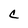
Character: C